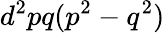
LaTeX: d^{2}pq(p^{2}-q^{2})